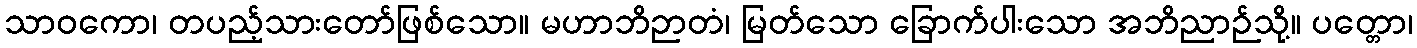
သာဝကော၊ တပည့်သားတော်ဖြစ်သော။ မဟာဘိဉာတံ၊ မြတ်သော ခြောက်ပါးသော အဘိညာဉ်သို့။ ပတ္တော၊